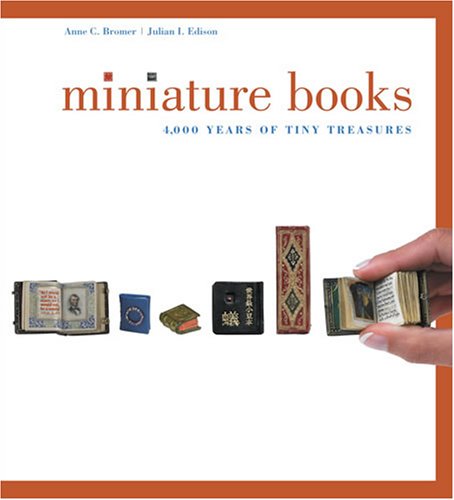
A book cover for Miniature Books: 4,000 Years of Tiny Treasures; Anne C. Bromer; Crafts, Hobbies & Home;